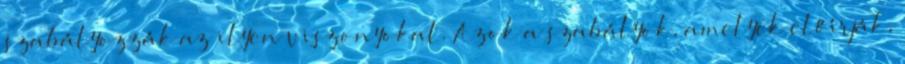
szabályozzák az ilyen viszonyokat. Azok a szabályok, amelyek előírják,